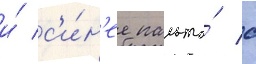
и́ с'и́н'ее пальто́ с